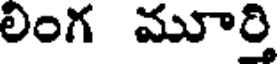
లింగ మూర్తి